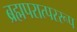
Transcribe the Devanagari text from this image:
ब्रह्मपरात्पररूप